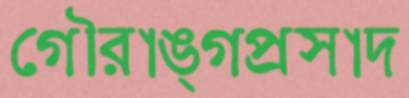
গৌরাঙ্গপ্রসাদ